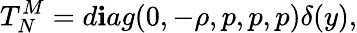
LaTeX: T_{N}^{M}=d\mathbf{i}ag(0,-\rho,p,p,p)\delta(y),